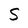
Character: S